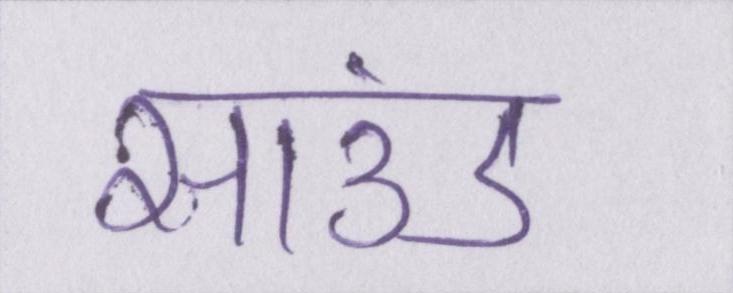
साउंड